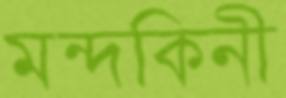
মন্দকিনী